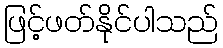
ဖြင့်ဖတ်နိုင်ပါသည်